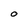
Character: 0